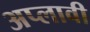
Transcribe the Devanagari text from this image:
अप्लावी